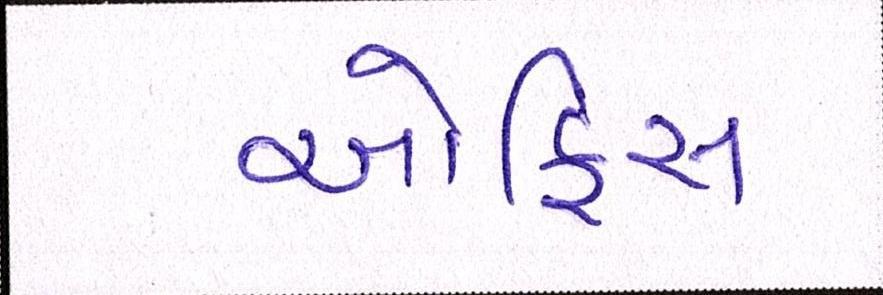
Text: ઑફિસ